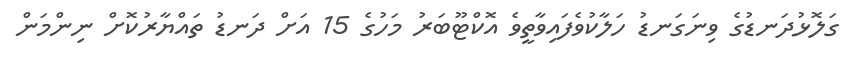
ގަލޮޅުދަނޑުގެ ވިނަގަނޑު ހަލާކުވެފައިވާތީވެ އޮކްޓޫބަރު މަހުގެ 15 އަށް ދަނޑު ތައްޔާރުކޮށް ނިންމަން